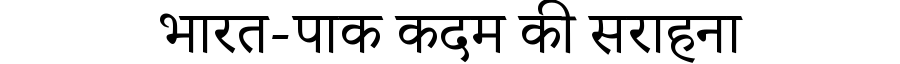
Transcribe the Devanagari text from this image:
भारत-पाक कदम की सराहना